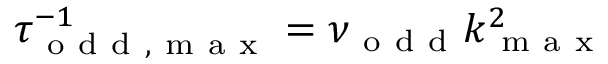
\tau _ { \mathrm { ~ o ~ d ~ d ~ } , \mathrm { ~ m ~ a ~ x ~ } } ^ { - 1 } = \nu _ { \mathrm { ~ o ~ d ~ d ~ } } k _ { \mathrm { ~ m ~ a ~ x ~ } } ^ { 2 }